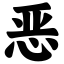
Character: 恶